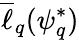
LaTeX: \overline{{\ell}}_{q}(\psi_{q}^{*})